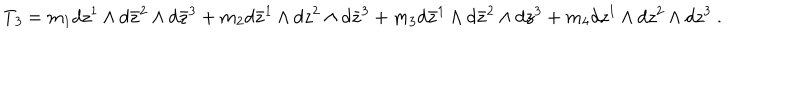
T _ { \it 3 } = m _ { 1 } d z ^ { 1 } \wedge d \bar { z } ^ { 2 } \wedge d \bar { z } ^ { 3 } + m _ { 2 } d \bar { z } ^ { 1 } \wedge d z ^ { 2 } \wedge d \bar { z } ^ { 3 } + m _ { 3 } d \bar { z } ^ { 1 } \wedge d \bar { z } ^ { 2 } \wedge d z ^ { 3 } + m _ { 4 } d z ^ { 1 } \wedge d z ^ { 2 } \wedge d z ^ { 3 } \ .